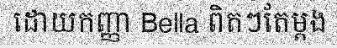
ដោយកញ្ញា Bella ពិតៗតែម្តង